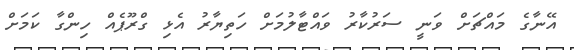
އޭނާގެ މައްޗަށް ވަނީ ސަރުކާރު ވައްޓާލުމަށް ހަތިޔާރު އެޅި ގްރޫޕެއް ހިންގާ ކަމަށް